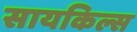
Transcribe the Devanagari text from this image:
सायकिल्स